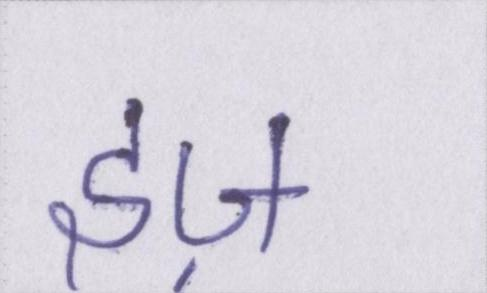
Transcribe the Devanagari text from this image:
इज़